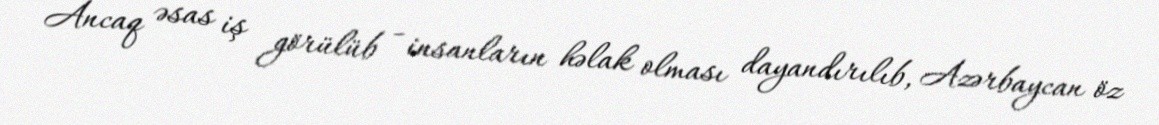
Ancaq əsas iş görülüb - insanların həlak olması dayandırılıb, Azərbaycan öz